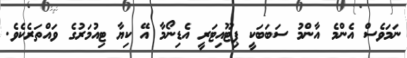
ނަމަވެސް އެންމެ އާންމު ސަބަބަކީ ޕިޓޫއިޓަރީ އެޑިނޯމާ އޭ ކިޔާ ޓިއުމަރުގެ ވައްތަރެކެވެ.